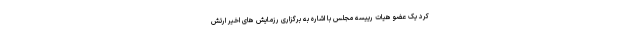
کرد یک عضو هیات رییسه مجلس با اشاره به برگزاری رزمایش های اخیر ارتش